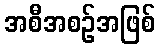
အစီအစဉ်အဖြစ်